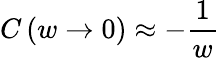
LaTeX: C\left(w\rightarrow 0\right)\approx-\frac{1}{w}